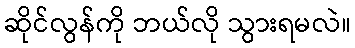
ဆိုင်လွန်ကို ဘယ်လို သွားရမလဲ။